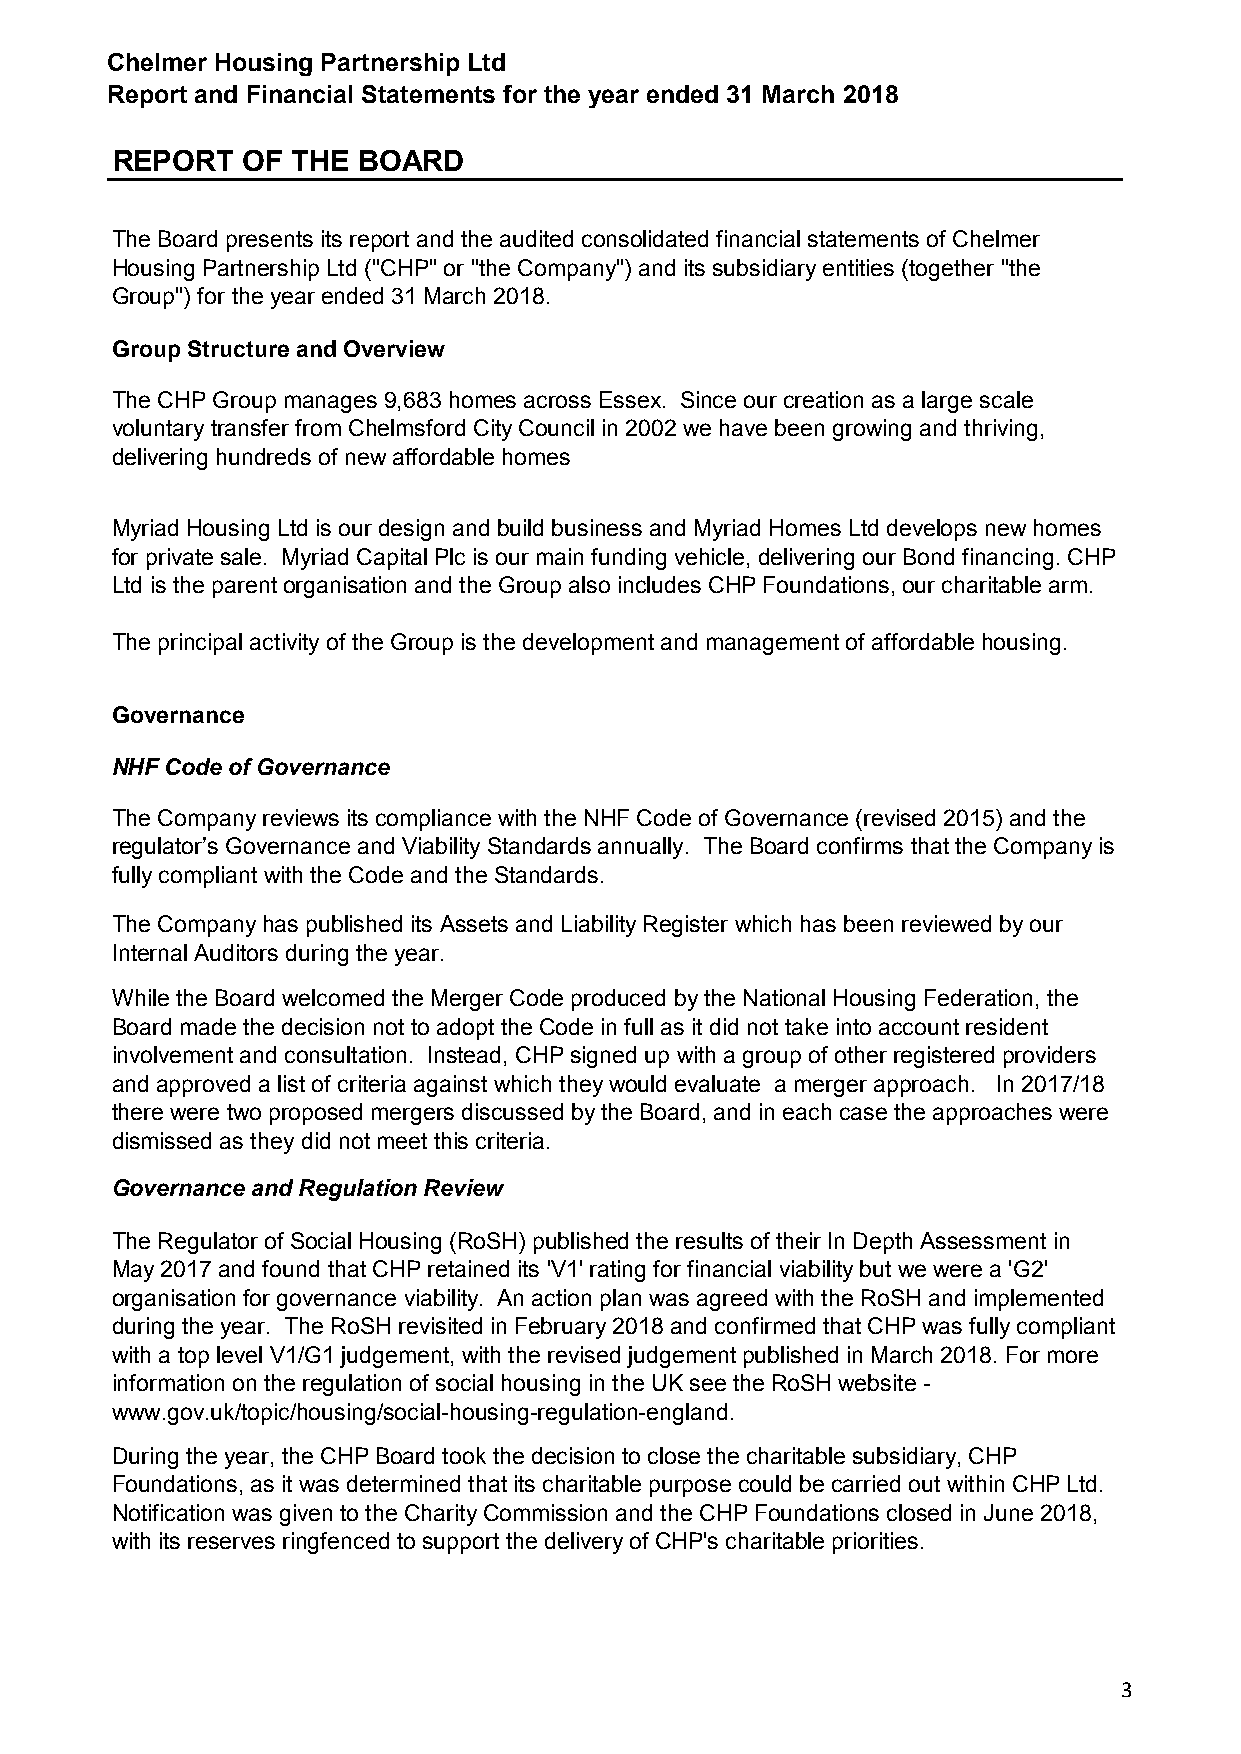
Chelmer Housing Partnership Ltd
 Report and Financial Statements for the year ended 31 March 2018
 REPORT   OF THE  BOARD
 The Board presents its report and the audited consolidated financial statements of Chelmer
 Housing Partnership Ltd ("CHP" or "the Company") and its subsidiary entities (together "the
 Group") for the year ended 31 March 2018.
 Group Structure and Overview
 The CHP Group manages 9,683 homes across Essex. Since our creation as a large scale
 voluntary transfer from Chelmsford City Council in 2002 we have been growing and thriving,
 delivering hundreds of new affordable homes
 Myriad Housing Ltd is our design and build business and Myriad Homes Ltd develops new homes
 for private sale. Myriad Capital Plc is our main funding vehicle, delivering our Bond financing. CHP
 Ltd is the parent organisation and the Group also includes CHP Foundations, our charitable arm.
 The principal activity of the Group is the development and management of affordable housing.
 Governance
 NHF Code of Governance
 The Company reviews its compliance with the NHF Code of Governance (revised 2015) and the
 regulator’s Governance and Viability Standards annually. The Board confirms that the Company is
 fully compliant with the Code and the Standards.
 The Company has published its Assets and Liability Register which has been reviewed by our
 Internal Auditors during the year.
 While the Board welcomed the Merger Code produced by the National Housing Federation, the
 Board made the decision not to adopt the Code in full as it did not take into account resident
 involvement and consultation. Instead, CHP signed up with a group of other registered providers
 and approved a list of criteria against which they would evaluate a merger approach. In 2017/18
 there were two proposed mergers discussed by the Board, and in each case the approaches were
 dismissed as they did not meet this criteria.
 Governance and Regulation Review
 The Regulator of Social Housing (RoSH) published the results of their In Depth Assessment in
 May 2017 and found that CHP retained its 'V1' rating for financial viability but we were a 'G2'
 organisation for governance viability. An action plan was agreed with the RoSH and implemented
 during the year. The RoSH revisited in February 2018 and confirmed that CHP was fully compliant
 with a top level V1/G1 judgement, with the revised judgement published in March 2018. For more
 information on the regulation of social housing in the UK see the RoSH website -
 www.gov.uk/topic/housing/social-housing-regulation-england.
 During the year, the CHP Board took the decision to close the charitable subsidiary, CHP
 Foundations, as it was determined that its charitable purpose could be carried out within CHP Ltd.
 Notification was given to the Charity Commission and the CHP Foundations closed in June 2018,
 with its reserves ringfenced to support the delivery of CHP's charitable priorities.
 3